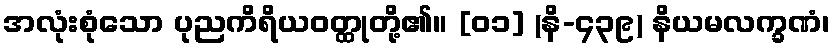
အလုံးစုံသော ပုညကိရိယဝတ္ထုတို့၏။ [၀၁] (နိ-၄၃၉) နိယမလက္ခဏံ၊